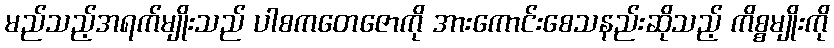
မည်သည့်အရက်မျိုးသည် ပါစကတေဇောကို အားကောင်းစေသနည်းဆိုသည့် ကိစ္စမျိုးကို